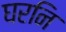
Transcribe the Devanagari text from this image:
घरनि